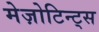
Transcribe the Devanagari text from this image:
मेज़ोटिन्ट्स